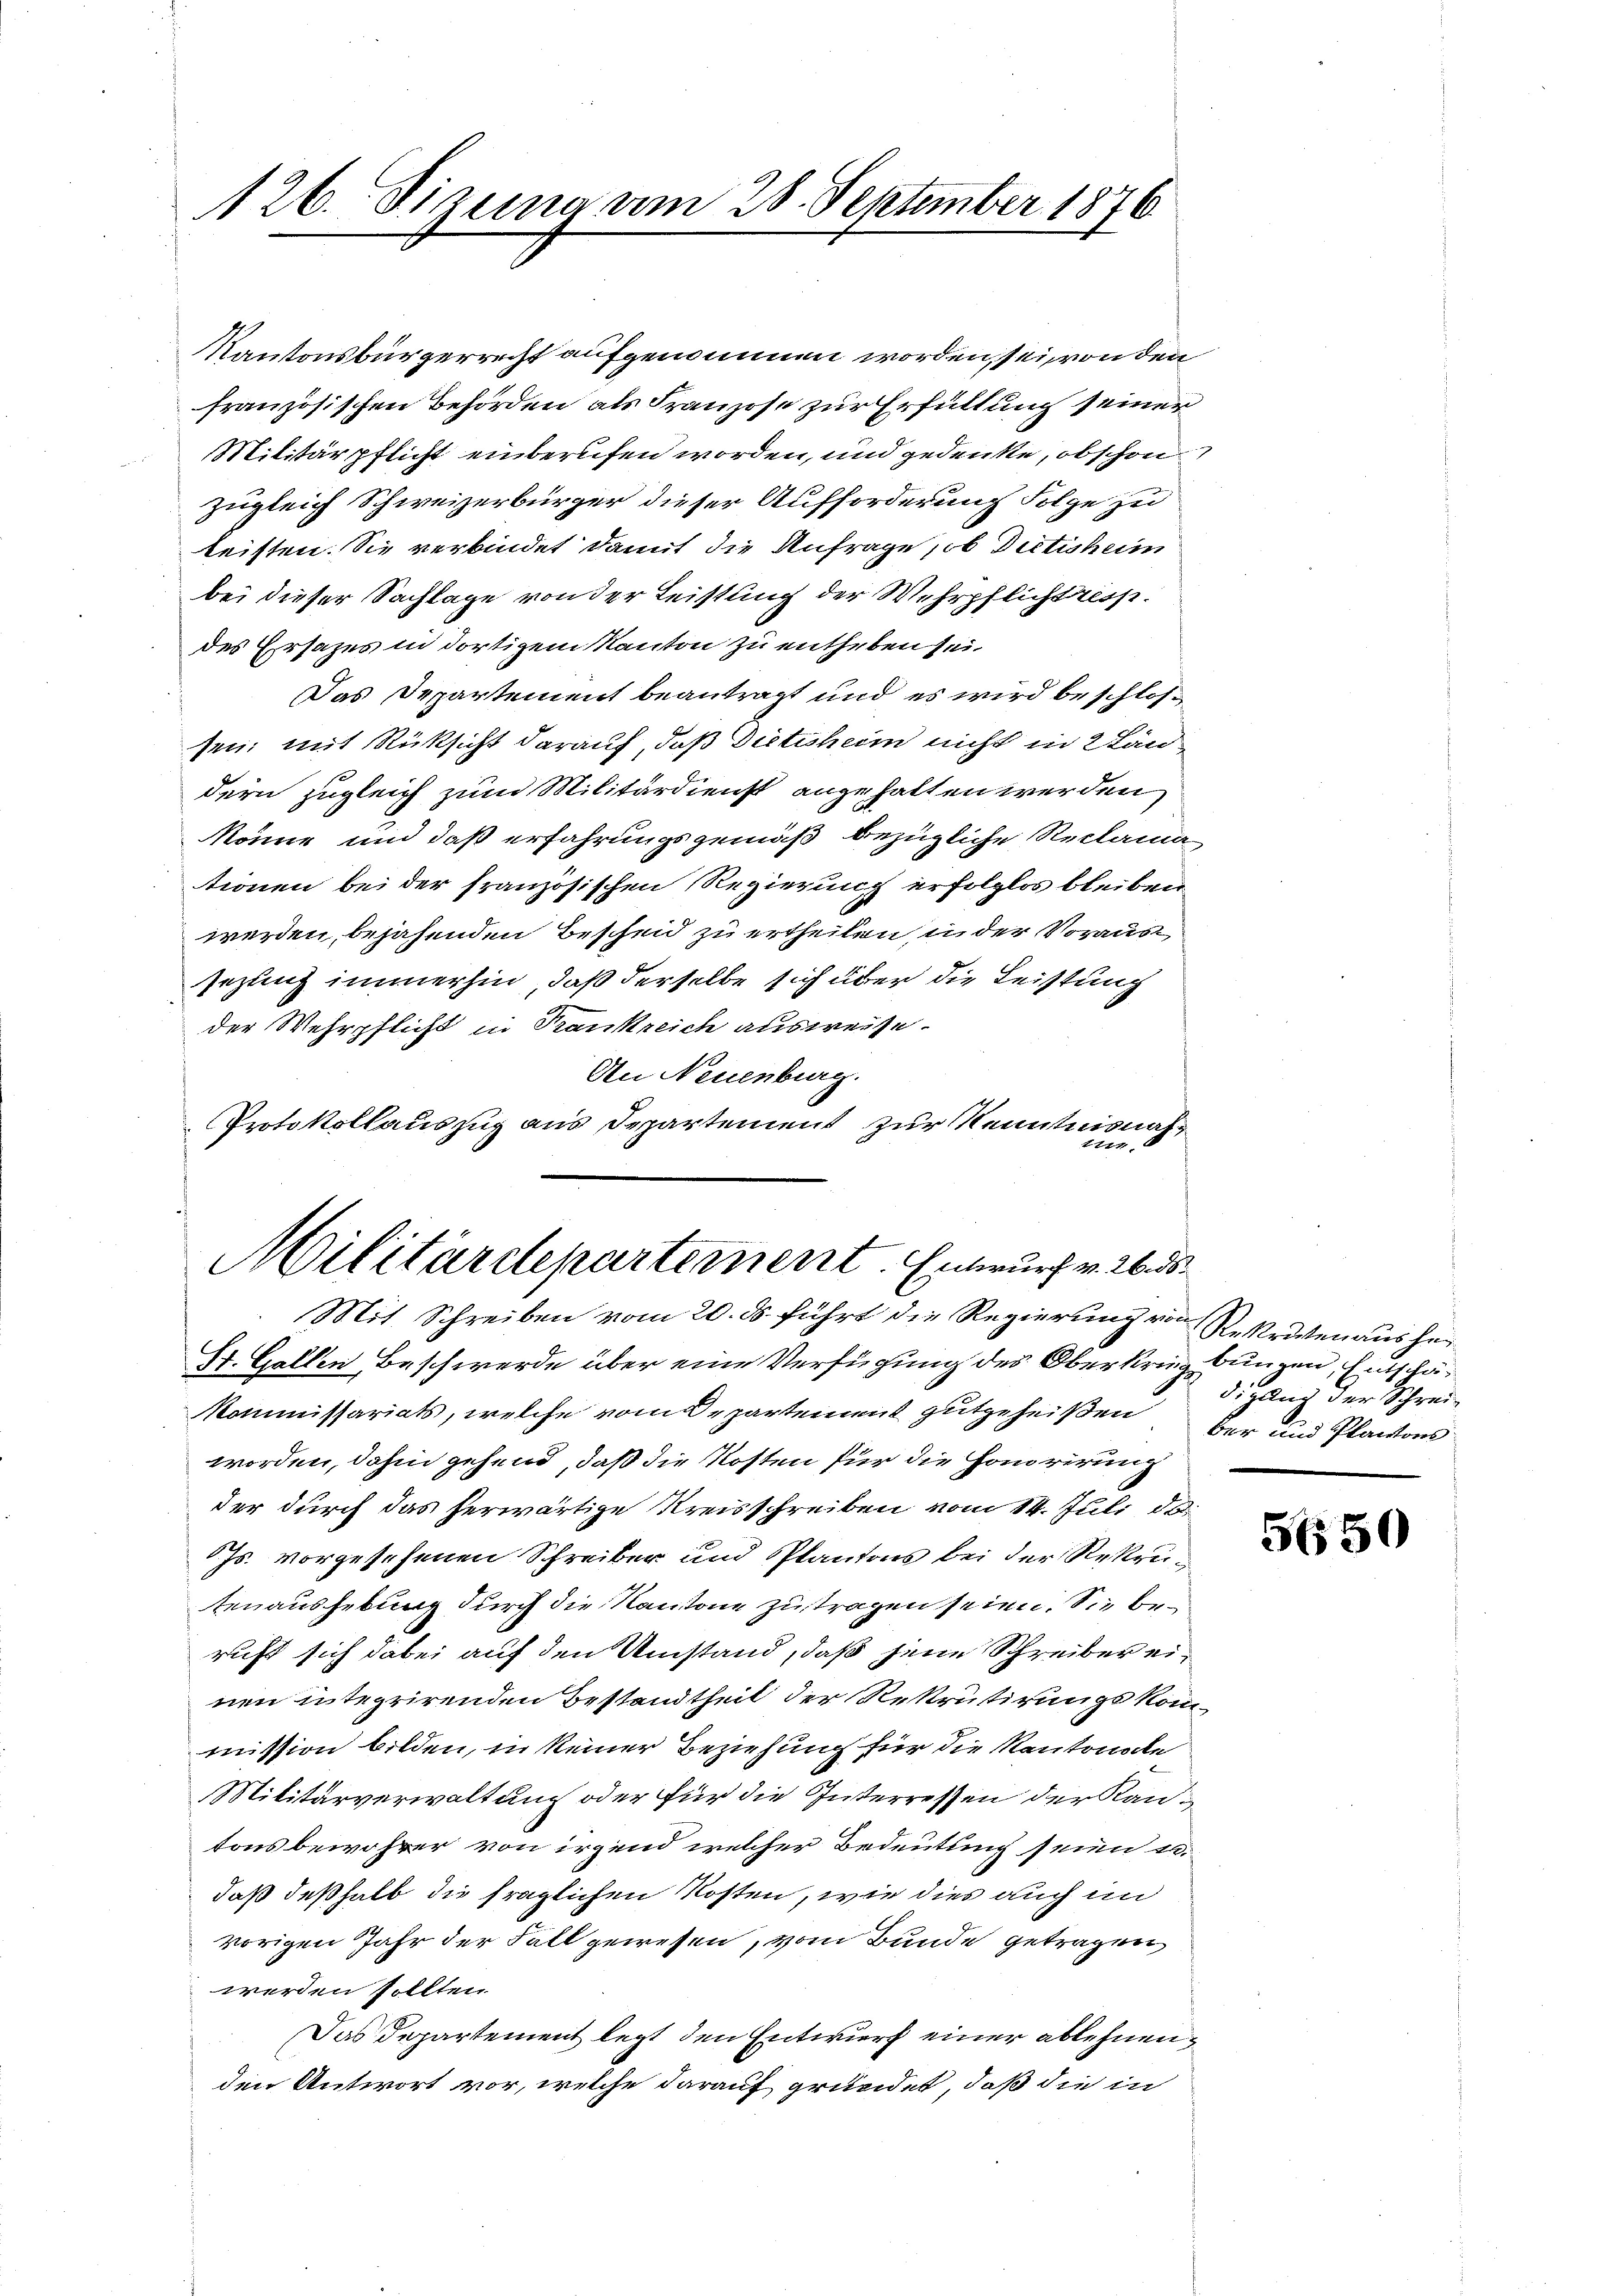
126. Sizung am 28. September 1876

sezung immerhin, daß derselbe sich über die Leistung
der Wehrpflicht in Frankreich ausweise.
An Neuenburg.
Protokollauszug aus Departement zur Kenntnisnaha

Kantonsbürgerrecht aufgenommen worden, sei von den
französischen Behörden als Franzose zur Erfüllung seiner
Militärpflicht einberufen worden, und gedenke, obschon
zugleich Schweizerbürger dieser Aufforderung Folge zu
leisten. Sie verbindet damit die Anfrage, ob Dietisheim
bei dieser Sachlage von der Leistung der Wehrpflichtriss.
des Ersatzes in dortigem Kanton zu entheben sei.
Das Departement beantragt und es wird beschlossen; mit Rücksicht darauf, daß Dictisheim nicht in 2 Ländern zugleich zum Militärdienst angehalten werden
könne und daß erfahrungsgemäß bezügliche Reclamationen bei der französischen Regierung erfolglos bleiben
werden, bejahenden Bescheid zu ertheilen, in der Voraus,

Militärdepartement. Entwurf v. 26. ds.
Mit Schreiben vom 20. ds. führt die Regierung von Rekristen aus her¬
St. Gallen Beschwerde über eine Verfügung des Oberkrieg bungen, Entschä¬

Kommissariats, welche vom Departement gutgeheißen. Der und Plantons
worden, dahin gehend, daß die Kosten für die Honorirung
der durch das herwärtige Kreisschreiben vom 14. Juli d. d.
Js. vorgesehenen Schreiber und Plantons bei der Rekreitenaushebung durch die Kantone zu tragen seien. Sie beruft sich dabei auf den Umstand, daß jene Schreiber einen integrirenden Bestandtheit der Rekrutirungskommission bilden, in keiner Beziehung für die Kantonale
Militärverwaltung oder für die Interressen der Kantons bewohrer von irgend welcher Bedeutung seien u.
daß deßhalb die fraglichen Kosten, wie dies auch im
vorigen Jahr der Fall gewesen, vom Bunde getragen,
werden sollten.
Das Departement legt den Entwurf einer ablehnen
den Antwort vor, welche darauf gründet, daß die in

dirung der Schrei

5650